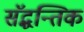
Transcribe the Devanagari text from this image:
सॅद्धन्तिक